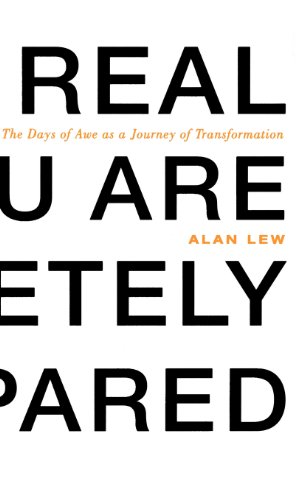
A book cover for This Is Real and You Are Completely Unprepared: The Days of Awe as a Journey of Transformation; Alan Lew; Religion & Spirituality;